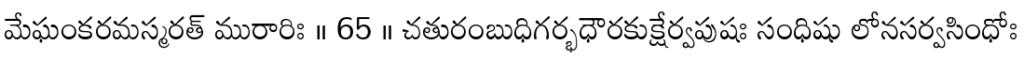
మేఘంకరమస్మరత్ మురారిః ॥ 65 ॥ చతురంబుధిగర్భధౌరకుక్షేర్వపుషః సంధిషు లోనసర్వసింధోః